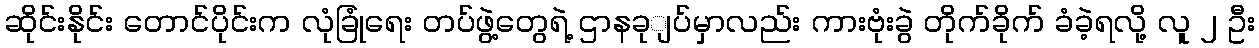
ဆိုင်းနိုင်း တောင်ပိုင်းက လုံခြုံရေး တပ်ဖွဲ့တွေရဲ့ ဌာနခုျပ်မှာလည်း ကားဗုံးခွဲ တိုက်ခိုက် ခံခဲ့ရလို့ လူ ၂ ဦး